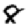
Digit: 8